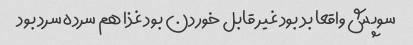
سوپش واقعا بد بود غیر قابل خوردن بود غذا هم سرده سرد بود